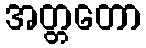
အတ္တတော